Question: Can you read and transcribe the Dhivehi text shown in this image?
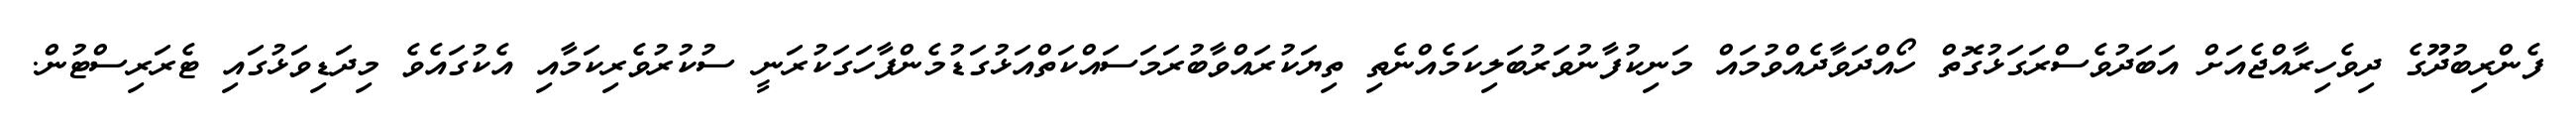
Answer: ފެންރިބުދޫގެ ދިވެހިރާއްޖެއަށް އަބަދުވެސްރަގަޅުގޮތް ހޯއްދަވާދެއްވުމައް މަނިކުފާނުވަރުބަލިކަމެއްނެތި ތިޔަކުރައްވާބުރަމަސައްކަތްއަޅުގަޑުމެންފާހަގަކުރަނީ ސުކުރުވެރިކަމާއި އެކުގައެވެ މިދަޑިވަޅުގައި ޓެރަރިސްޓުން.